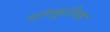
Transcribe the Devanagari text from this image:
सांस्कूतिक